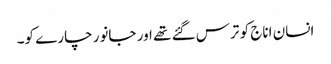
انسان اناج کو ترس گئے تھے اور جانور چارے کو۔